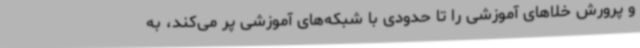
و پرورش خلاهای آموزشی را تا حدودی با شبکه‌های آموزشی پر می‌کند، به